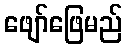
ဖျော်ဖြေမည်